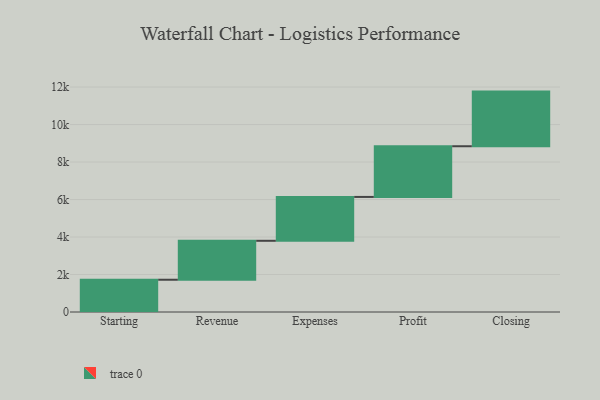
{"axis": {"x": "Step", "y": "Value"}, "legend": [""], "data": [{"x": "Starting", "y": 1721.0, "type": ""}, {"x": "Revenue", "y": 2078.0, "type": ""}, {"x": "Expenses", "y": 2340.0, "type": ""}, {"x": "Profit", "y": 2704.0, "type": ""}, {"x": "Closing", "y": 2915.0, "type": ""}]}